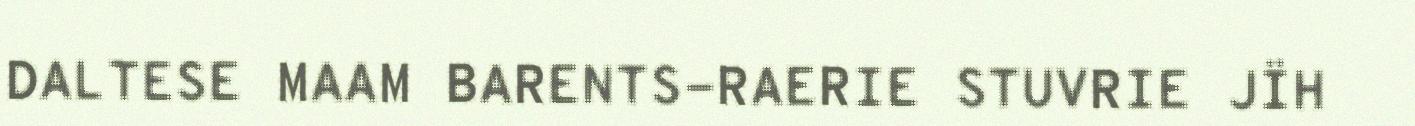
DALTESE MAAM BARENTS-RAERIE STUVRIE JÏH